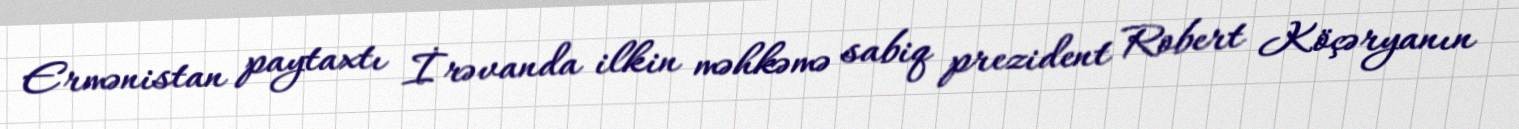
Ermənistan paytaxtı İrəvanda ilkin məhkəmə sabiq prezident Robert Köçəryanın